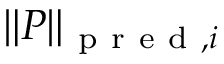
\| \boldsymbol { P } \| _ { \mathrm { ~ p ~ r ~ e ~ d ~ } , i }